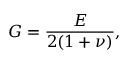
G = \frac { E } { 2 ( 1 + \nu ) } ,